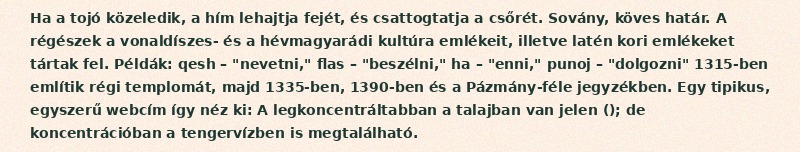
Ha a tojó közeledik, a hím lehajtja fejét, és csattogtatja a csőrét. Sovány, köves határ. A régészek a vonaldíszes- és a hévmagyarádi kultúra emlékeit, illetve latén kori emlékeket tártak fel. Példák: qesh – "nevetni," flas – "beszélni," ha – "enni," punoj – "dolgozni" 1315-ben említik régi templomát, majd 1335-ben, 1390-ben és a Pázmány-féle jegyzékben. Egy tipikus, egyszerű webcím így néz ki: A legkoncentráltabban a talajban van jelen (); de koncentrációban a tengervízben is megtalálható.